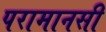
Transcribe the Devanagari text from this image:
परामानसी